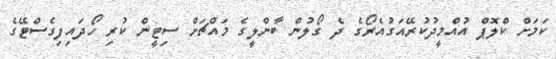
ކަމަށް ކްލޮޕް އުއްމީދުކުރޭއަގުއެރޯގެ ދެ ގޯލުން ބާންލީގެ މައްޗަށް ސިޓީން ކުރި ހޯދައިފިގެސްޓޭގެ